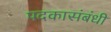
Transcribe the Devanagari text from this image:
पदकासंबंधी